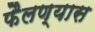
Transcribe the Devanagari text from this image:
फैलण्यास